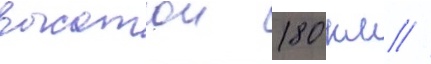
высотои 180 км //